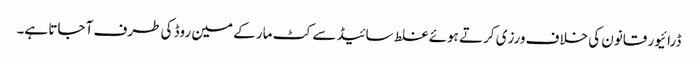
ڈرائیور قانون کی خلاف ورزی کرتے ہوئے غلط سائیڈ سے کٹ مار کے مین روڈ کی طرف آ جاتا ہے۔